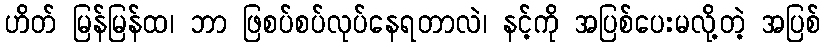
ဟိတ် မြန်မြန်ထ၊ ဘာ ဖြစပ်စပ်လုပ်နေရတာလဲ၊ နင့်ကို အပြစ်ပေးမလို့တဲ့ အပြစ်